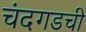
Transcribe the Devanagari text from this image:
चंदगडची